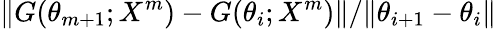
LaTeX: \| G(\theta_{m+1};X^{m})-G(\theta_{i};X^{m})\| /\| \theta_{i+1}-\theta_{i}\|